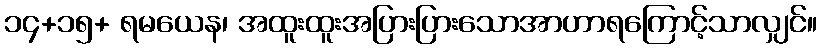
၁၄+၁၅+ ရမယေန၊ အထူးထူးအပြားပြားသောအာဟာရကြောင့်သာလျှင်။